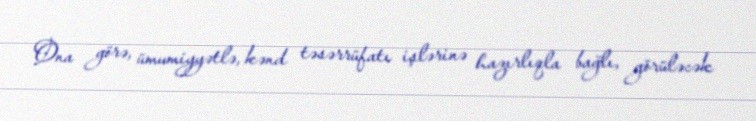
Ona görə, ümumiyyətlə, kənd təsərrüfatı işlərinə hazırlıqla bağlı, görüləcək